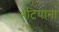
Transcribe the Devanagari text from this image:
भटियाना